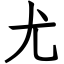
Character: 尤